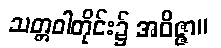
သတ္တဝါတိုင်း၌ အဝိဇ္ဇာ။